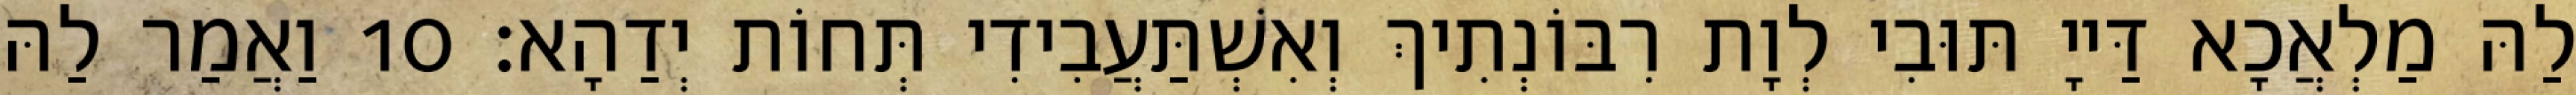
לַהּ מַלְאֲכָא דַּייָ תּוּבִי לְוָת רִבּוֹנְתִיךְ וְאִשְׁתַּעֲבִידִי תְּחוֹת יְדַהָא׃ 10 וַאֲמַר לַהּ